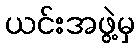
ယင်းအဖွဲ့မှ